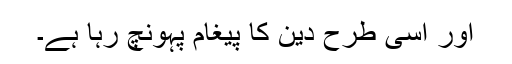
اور اسى طرح دین کا پیغام پہونچ رہا ہے۔